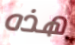
هذه